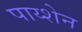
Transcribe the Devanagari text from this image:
पाय्शेन